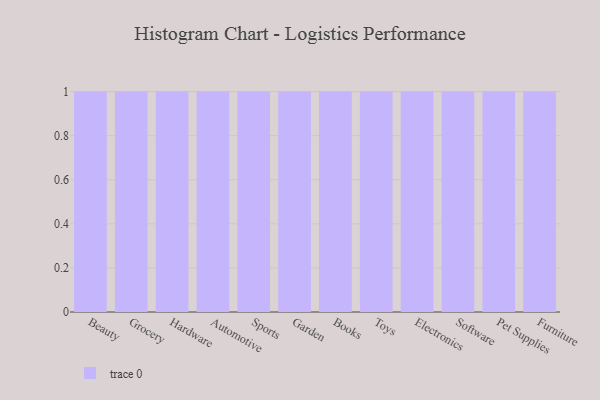
{"axis": {"x": "Category", "y": "Latency (ms)"}, "legend": [""], "data": [{"x": "Beauty", "y": 76, "type": ""}, {"x": "Grocery", "y": 93, "type": ""}, {"x": "Hardware", "y": 77, "type": ""}, {"x": "Automotive", "y": 68, "type": ""}, {"x": "Sports", "y": 100, "type": ""}, {"x": "Garden", "y": 72, "type": ""}, {"x": "Books", "y": 81, "type": ""}, {"x": "Toys", "y": 4, "type": ""}, {"x": "Electronics", "y": 60, "type": ""}, {"x": "Software", "y": 7, "type": ""}, {"x": "Pet Supplies", "y": 13, "type": ""}, {"x": "Furniture", "y": 12, "type": ""}]}